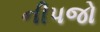
નીપજો